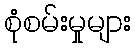
စုံစမ်းမှုများ